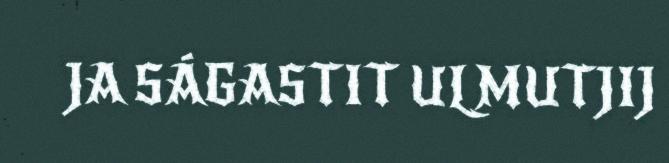
JA SÁGASTIT ULMUTJIJ